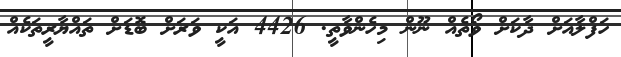
ހަފްލާއަށް ދާކަށް ވޯތެއް ނޫން މިހެންވާތީ. 4426 އަކީ ވަރަށް ބޮޑަށް ތައްޔާރީތަކެއް